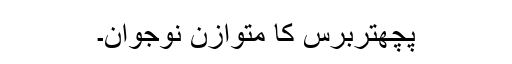
پچھتربرس کا متوازن نوجوان۔